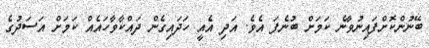
ބޭނުންކޮށްފައިނުވާނެ ކަމަށް ބުނެފަ އެވެ. އަދި އެއީ ހަދައިގެން ދައްކާވާހައެއް ކަމަށް އަސަދުގެ